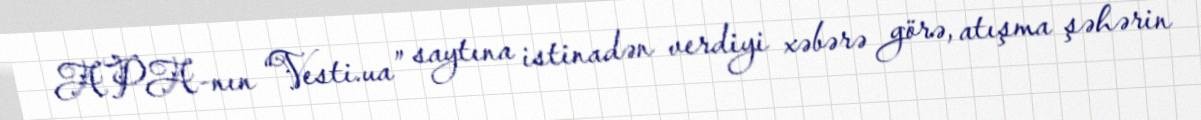
APA-nın “Vesti.ua” saytına istinadən verdiyi xəbərə görə, atışma şəhərin